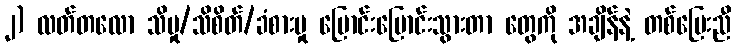
၂) လတ်တလော သိမှု/သိစိတ်/ခံစားမှု ပြောင်းပြောင်းသွားတာ တွေကို အချိန်နဲ့ တစ်ပြေးညီ